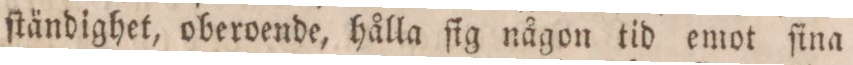
ſtändighet, oberoende, hållg ſig någon tid emot ſina